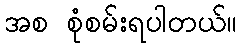
အစ စုံစမ်းရပါတယ်။